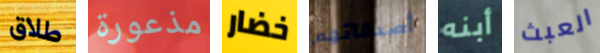
طلاق مذعورة خضار أصدقائهم أبنه العبث